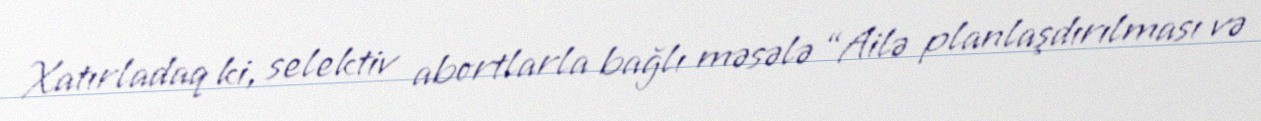
Xatırladaq ki, selektiv abortlarla bağlı məsələ “Ailə planlaşdırılması və